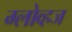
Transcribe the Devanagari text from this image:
ग्लोव्हज